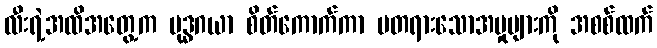
လီးရဲ့အထိအတွေ့က ဗုဒ္ဓဂယာ စိတ်ကောက်ကာ မတရားသောအမှုများကို အစစ်ထက်